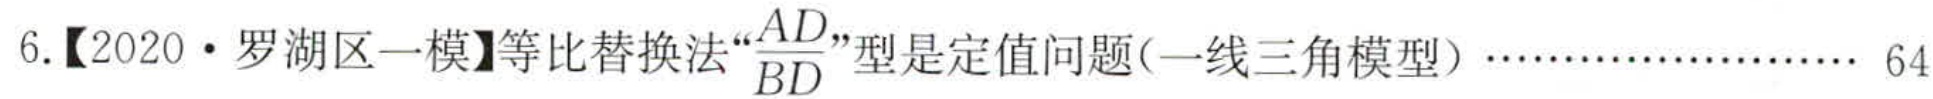
6.【2020·罗湖区一模】等比替换法“\(\frac{AD}{BD}\)”型是定值问题(一线三角模型)……………………64